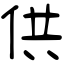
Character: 供